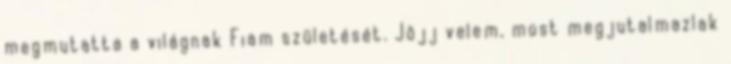
megmutatta a világnak Fiam születését. Jöjj velem, most megjutalmazlak